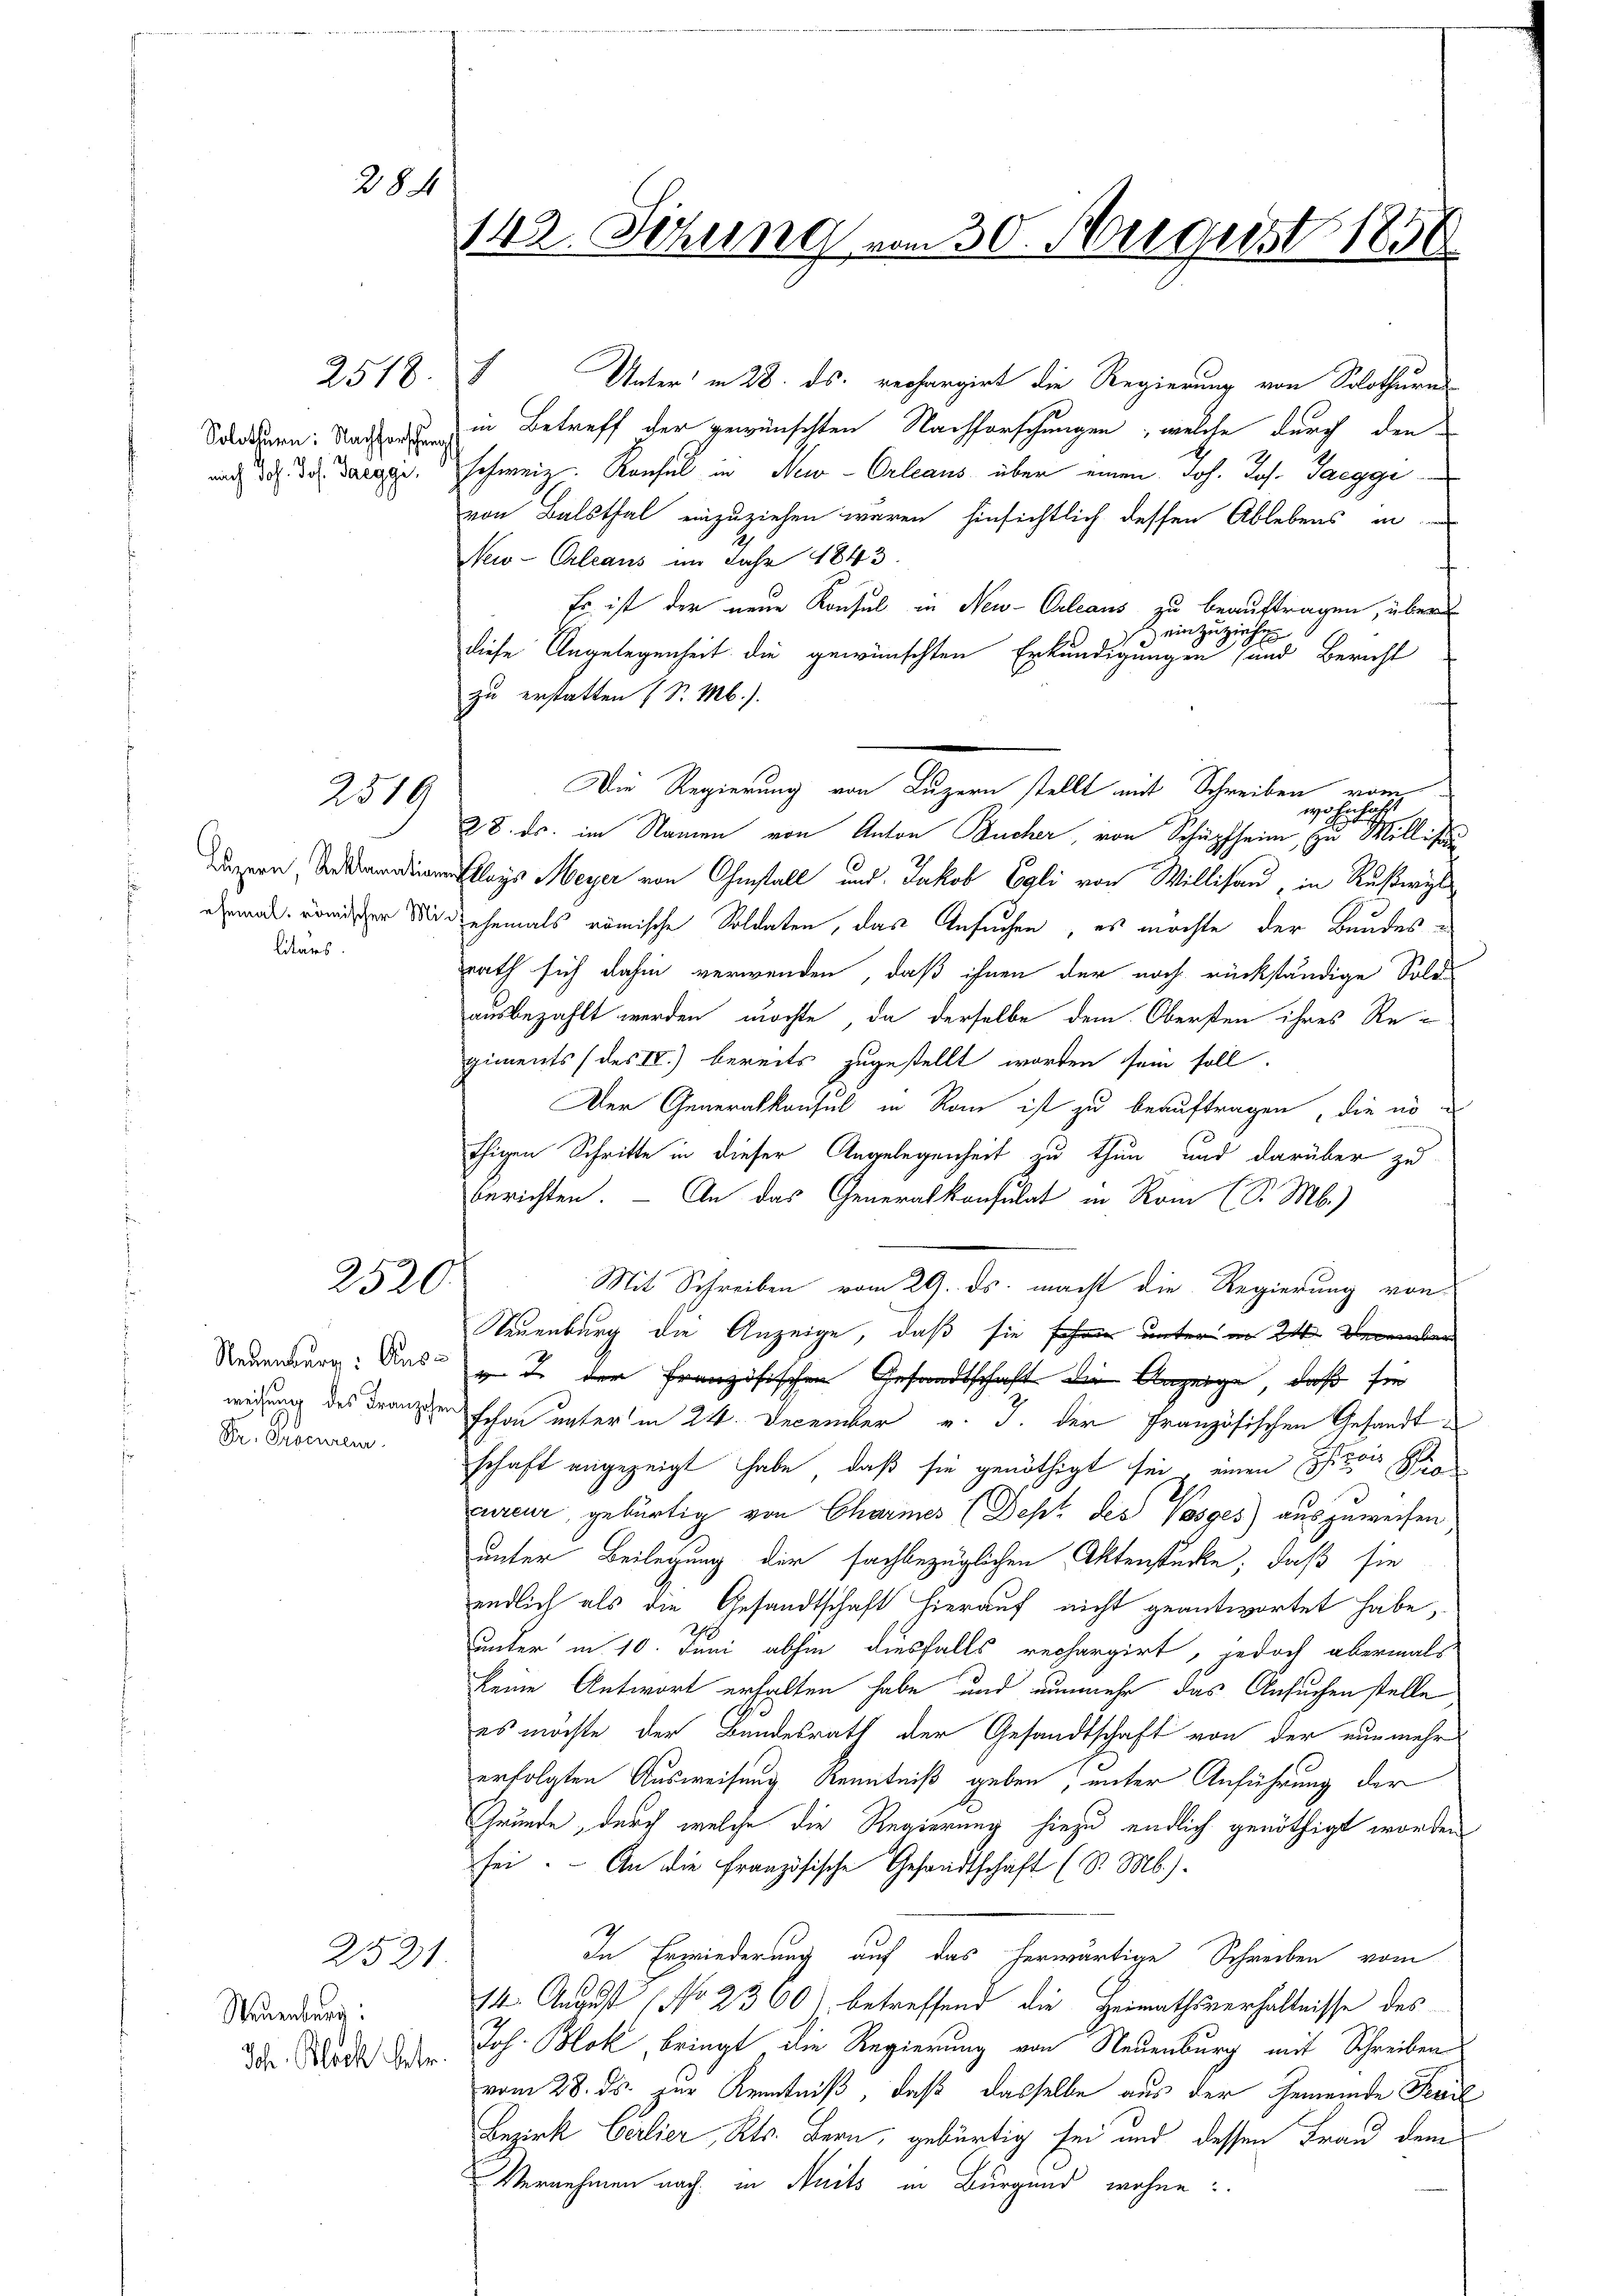
142. Sitzung vom 30. August 1856

284

Unter in 28. ds. rechargirt die Regierung von Solothurn
Sondern: Nach in Betreff der gewünschten Nachforschungen, welche durch den
d d. d. dargeschweiz. Konsul in New-Orleaus über einen Joh. Jos. Jaegge
von Balsthal einzuziehen waren hinsichtlich dessen Ablebens in
New-Orleaus im Jahr 1843
Es ist der neue Konsul in New-Orleaus zu beauftragen, über
einzuziehen
diese Angelegenheit die gewünschten Erkundigungen und Bericht
zu erstatten (S. M.).
Die Regierung von Luzern stellt mit Schreiben von
wo Einfachse
28. ds. im Namen von Anton Bucher, von Schüpfheim, zu Millis
een, die fleys Meyer von Ohmstall und Jakob Egli von Willisau, in Ruswildran römischer Mit ehemals römische Soldaten, das Ansuchen, es möchte der Bundes-
rath sich dahin verwenden, daß ihnen der noch rückständige Sold
ausbezahlt werden möchte, da derselbe dem Obersten ihres Regiments (des IV) bereits zugestellt worden sein soll.
Der Generalkonsul in Rom ist zu beauftragen, die es
thigen Schritte in dieser Angelegenheit zu thun und darüber zu
berichten. — An das Generalkonsulat in Rom (S. M.)
Mit Schreiben vom 29. ds. macht die Regierung von
Neuenburg die Anzeige, daß sie sehr unter in 24. Denken
Neuenburg: Aus de der Französischen Gesandtschaft die Anzeige, daß für
wehrung des Franzen schon unter in 24. December v. J. der Französischen Gesandtschaft angezeigt habe, daß sie genöthigt sei, einen Estris Recureur, gebürtig von Charmes (Dept des Vosges) auszuweisen
unter Beilegung der fachbezüglichen Aktenstücke, daß sie
endlich als die Gesandtschaft hierauf nicht geantwortet habe,
unter in 10. Juni abhin diesfalls rechargirt, jedoch abermals
keine Antwort erhalten habe und nunmehr das Ansuchen stelle
es möchte der Bundesrath der Gesandtschaft von der nunmehr
erfolgten Ausweisung Kenntniß geben; unter Anführung der
Grunde, durch welche die Regierung hiezu endlich genöthigt worden
sei. An die französische Gesandtschaft (S. Mb.).
In Erwiederung auf das herwärtige Schreiben vom
14. August (No 2360 betreffend die Heimathsverhältnisse des
Joh. Blok, bringt die Regierung von Neuenburg mit Schreiben
vom 28. ds. zur Kenntniß, daß dasselbe aus der Gemeinde Feuil
Bezirk Berlier, Kts. Bern, gebürtig sei und dessen Frau dem
Vernehmen nach in Auits in Bürgend wohne

2518. 1

2519

litärs.

2520.

Dr. Procureur

2521.

Neuenburg:
Joh. Block betr.